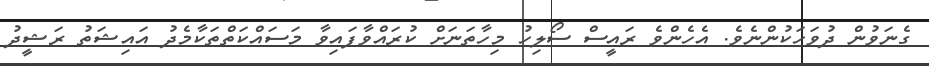
ގެނަވުން ދުވަހަކުންނެވެ. އެހެންވެ ރައީސް ސޯލިހު މިހާތަނަށް ކުރައްވާފައިވާ މަސައްކަތްތަކާމެދު އައިޝަތު ރަޝީދު